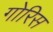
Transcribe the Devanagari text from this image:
गोरिस